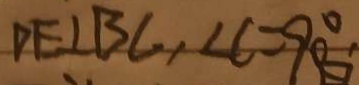
D E \bot B C , \angle C = 9 0 ^ { \circ }